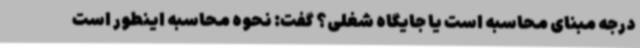
درجه مبنای محاسبه است یا جایگاه شغلی؟ گفت: نحوه محاسبه اینطور است